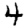
Digit: 4